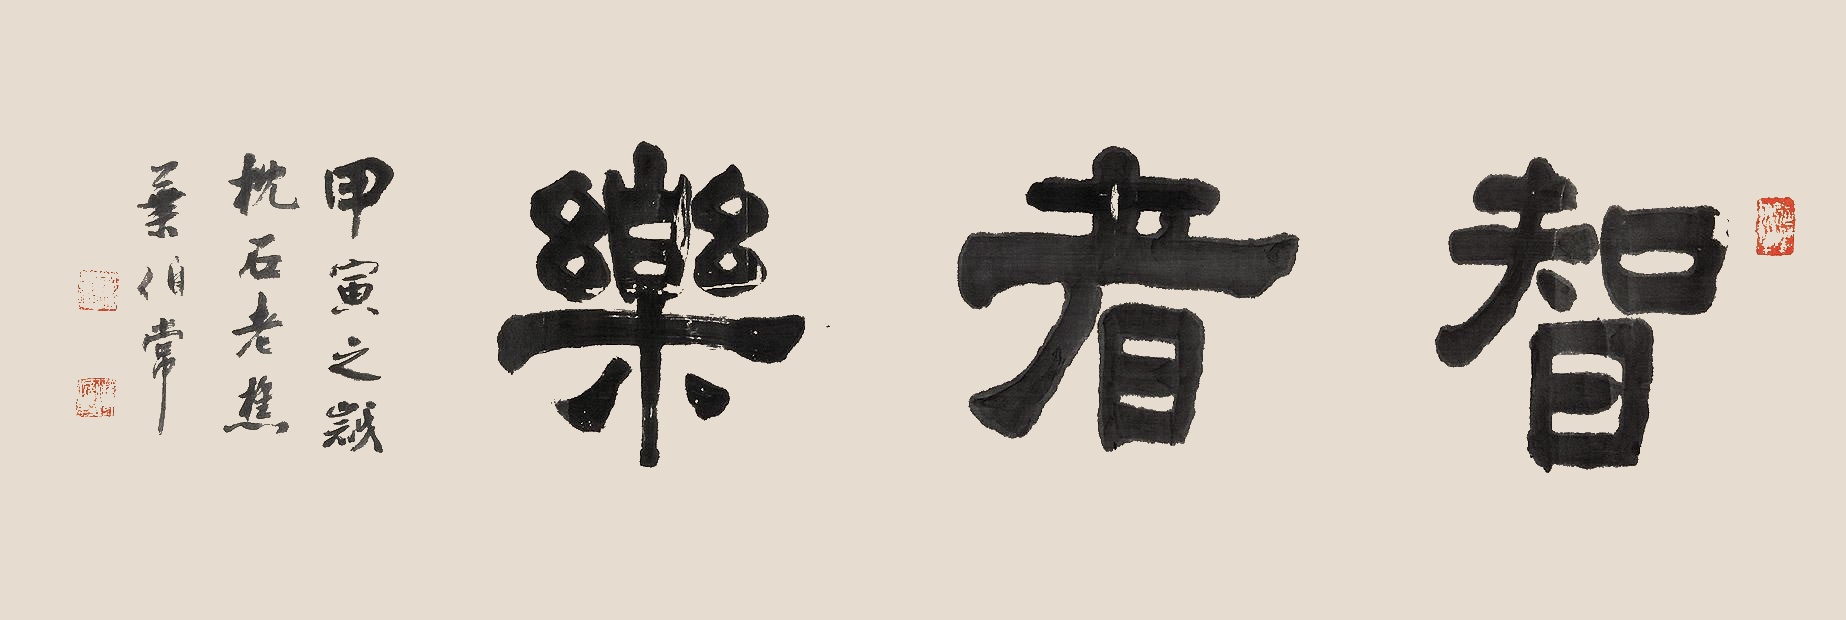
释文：智者乐。甲寅之岁，枕石老樵叶伯常。